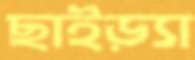
ছাইড়্যা